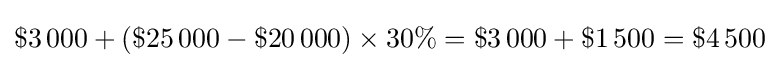
\$3\,000+(\$25\,000-\$20\,000)\times 30\%=\$3\,000+\$1\,500=\$4\,500